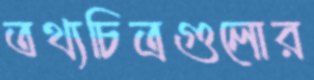
তথ্যচিত্রগুলোর